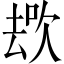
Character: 𱑩